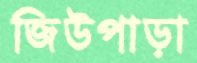
জিউপাড়া